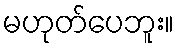
မဟုတ်ပေဘူး။